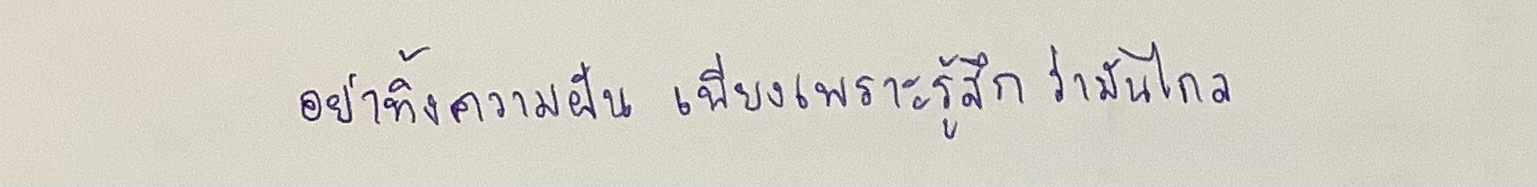
อย่าทิ้งความฝัน เพียงเพราะรู้สึก ว่ามันไกล